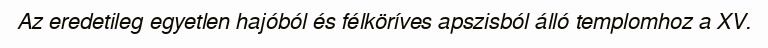
Az eredetileg egyetlen hajóból és félköríves apszisból álló templomhoz a XV.